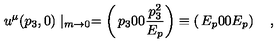
u ^ { \mu } ( p _ { 3 } , 0 ) \mid _ { m \rightarrow 0 } = \left( \begin{matrix} { p _ { 3 } } \\ { 0 } \\ { 0 } \\ { { \frac { p _ { 3 } ^ { 2 } } { E _ { p } } } } \\ \end{matrix} \right) \equiv \left( \begin{matrix} { E _ { p } } \\ { 0 } \\ { 0 } \\ { E _ { p } } \\ \end{matrix} \right) \quad ,